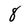
Character: 8